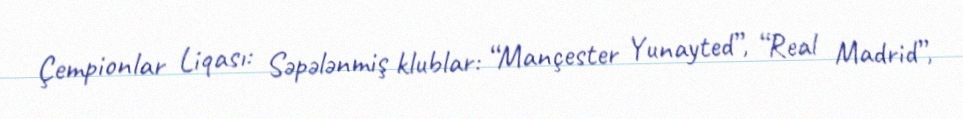
Çempionlar Liqası: Səpələnmiş klublar: “Mançester Yunayted”, “Real Madrid”,